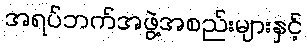
အရပ်ဘက်အဖွဲ့အစည်းများနှင့်